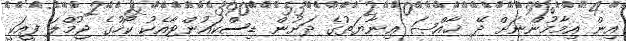
އިން އިމާމުންނަށް ދޭ ޚާއްޞަ ޢިނާޔަތުގެ ދަށުން ޑިސްކައުންޓާއެކު ކޯހުގެ ޖުމްލަ ފީއަކީ